Annual statistical returns and brief notes on vaccination in Bengal - 1896-1909
Year: 1896
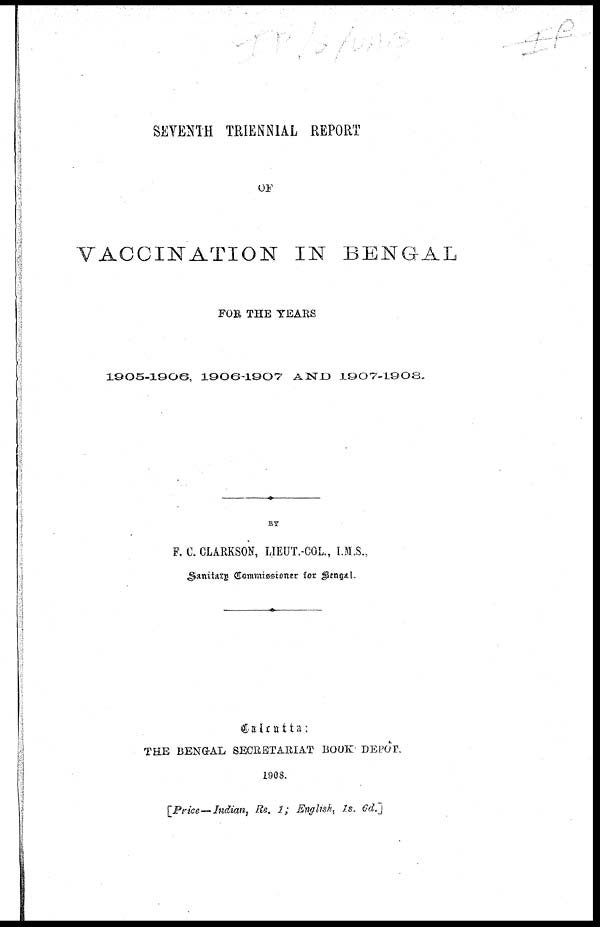
SEVENTH TRIENNIAL REPORT
OF
VACCINATION IN BENGAL
FOR THE YEARS
1005-1906, 1906-1907 AND
1907-1908.
BY
F. C. CLARKSON, LIEUT.-COL., I.M.S.,
Sanitary Commissioner for Bengal.
Calcutta:
THE BENGAL SECRETARIAT BOOK DEPÔT.
1908.
[Price—Indian, Re. 1; English, 1s. 6d.]